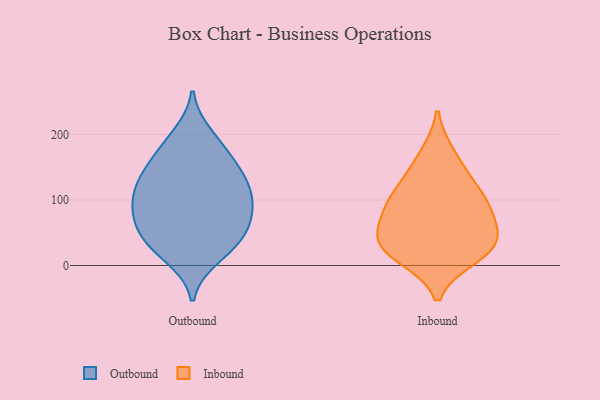
{"axis": {"x": "Backlog", "y": "Value"}, "legend": ["Inbound", "Outbound"], "data": [{"x": "", "y": 48, "type": "Outbound"}, {"x": "", "y": 200, "type": "Outbound"}, {"x": "", "y": 129, "type": "Outbound"}, {"x": "", "y": 74, "type": "Outbound"}, {"x": "", "y": 54, "type": "Outbound"}, {"x": "", "y": 154, "type": "Outbound"}, {"x": "", "y": 81, "type": "Outbound"}, {"x": "", "y": 187, "type": "Outbound"}, {"x": "", "y": 92, "type": "Outbound"}, {"x": "", "y": 49, "type": "Outbound"}, {"x": "", "y": 106, "type": "Outbound"}, {"x": "", "y": 34, "type": "Outbound"}, {"x": "", "y": 92, "type": "Outbound"}, {"x": "", "y": 165, "type": "Outbound"}, {"x": "", "y": 12, "type": "Outbound"}, {"x": "", "y": 143, "type": "Outbound"}, {"x": "", "y": 114, "type": "Outbound"}, {"x": "", "y": 20, "type": "Outbound"}, {"x": "", "y": 127, "type": "Outbound"}, {"x": "", "y": 89, "type": "Inbound"}, {"x": "", "y": 136, "type": "Inbound"}, {"x": "", "y": 68, "type": "Inbound"}, {"x": "", "y": 13, "type": "Inbound"}, {"x": "", "y": 44, "type": "Inbound"}, {"x": "", "y": 26, "type": "Inbound"}, {"x": "", "y": 22, "type": "Inbound"}, {"x": "", "y": 169, "type": "Inbound"}, {"x": "", "y": 42, "type": "Inbound"}, {"x": "", "y": 105, "type": "Inbound"}, {"x": "", "y": 98, "type": "Inbound"}]}